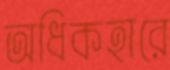
অধিকহারে